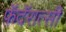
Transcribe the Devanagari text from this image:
फ़ॅदॅरात्सी